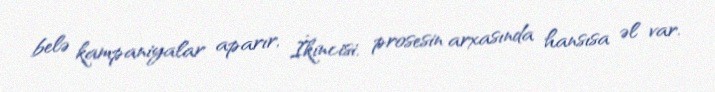
belə kampaniyalar aparır, İkincisi, prosesin arxasında hansısa əl var.